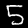
Digit: 5